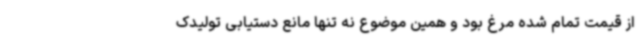
از قیمت تمام شده مرغ بود و همین موضوع نه تنها مانع دستیابی تولیدک